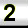
Digit: 2